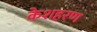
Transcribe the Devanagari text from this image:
केशहरण